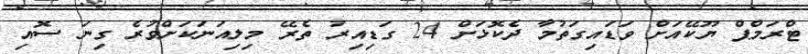
ޓްރަމްޕް ޔޫކޭއަށް ވަޑައިގަތުމާ ދެކޮޅަށް 24 ގަޑިއިރު ތެރޭ މިލިއަނަކަށްވުރެ ގިނަ ސޮއި